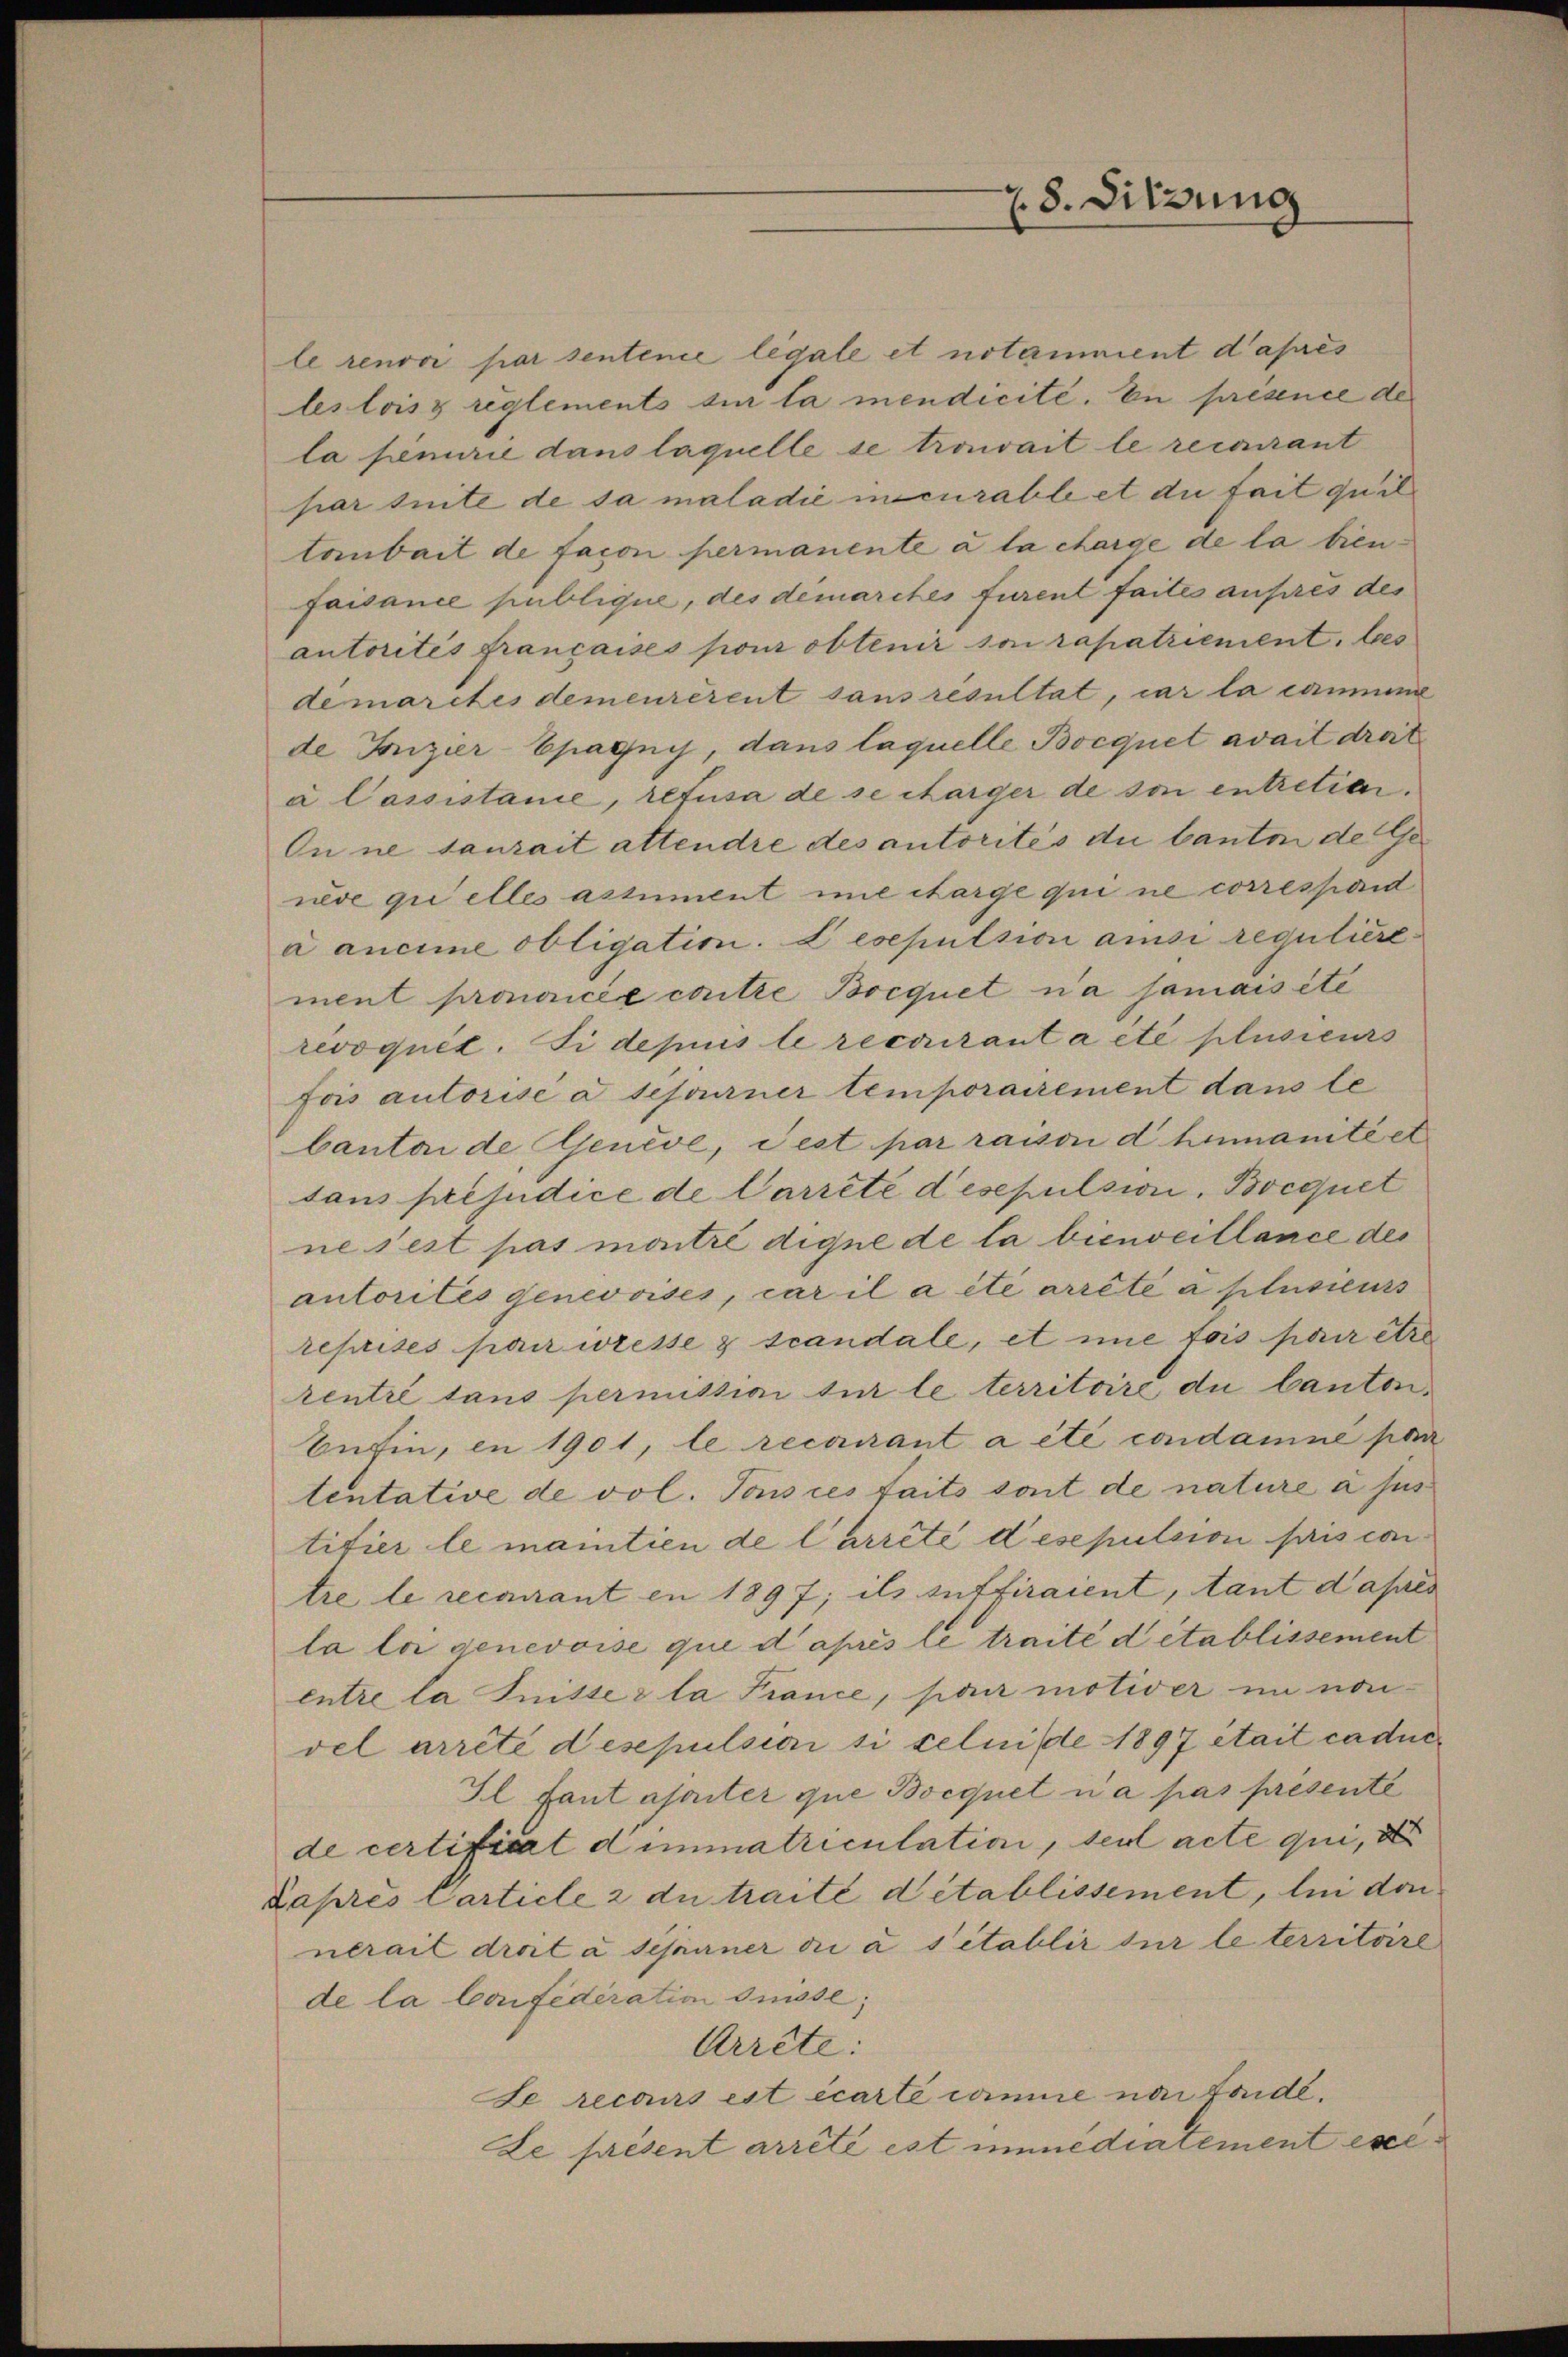
le renovi par sentence légale et notamment d’après
lesleiss reglements sur la mendicite. En présence de
la fenurie dans laquelle se travait le recourant
par suite de sa maladie incurable et die fait quil
toubait de facon permanente à la charge de la bienfaisance publique, des demarches furent faites ausres des
autorités françaises pour obtenir son rapatriement. bes
demarches demeurerent sans resultat, car la cammine
de Gonzier-Epagnis, dans laquelle Bocquet avait droit
à Cassistanie, refusa de se charger de son entretia.
On ne saurait attendre des autorités du bauten de Geneve qui elles assument mit charge qui ne correspond
a ancime obligation. Lesepulsion ansi regulière-
ment prononcée critte Bocquet na jamaisite
revoquit. Si depuis le recourant a été plusieurs
fois autorise a sefourner temporairement dans le
bantar de Genève, est par raison d humanité et
sans préjudice de Carrete desepulsion. Bocquet
ne sest pas montre digne de la bienseillance des
autorites genevoises, car il a été arrêté à plusieurs
reprises par resse 3 scandale, et nie fois par être
rentré dans permission für le territoire, du Canto¬
Befin, en 1901, le recurant a été condamné par
tentative de vol. Tous ces faits sont de nature à sus
tifier le mantien de l’arreté desepulsion pris contre le recourant en 1897; ils suffiraient, tant d’apres
la loi genevoise que d’après le traite detablissement
entre la Jnitter la France, par motiver im non-
vel arreté desepulsici si celuide 1897 était caduc
Il fant asaiter que Boequet u a pas presenté
de certificat dimmatriculation, seul acte qui, des
Lapres Carticle 2 du traité détablissement, le don
nerait droit à sehirner di à s’établir sur le territoire
de la Confederation desse;
Arrête:
Le recours est écarte comme nur fonde¬
Le present arreté est immediatement exe

78. Sitzung